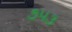
૭૫૩